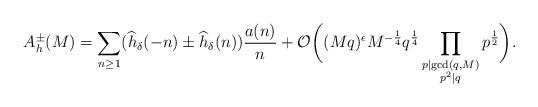
LaTeX: \begin{align*}A_h^\pm (M) = \sum_{n\geq 1} (\widehat{h}_{\delta}(-n)\pm \widehat{h}_{\delta}(n)) \frac{a(n)}{n} + \mathcal{O}\bigg((Mq)^{\epsilon} M^{-\frac{1}{4}} q^{\frac{1}{4}} \prod_{\substack{p\mid \gcd(q, M) \\ p^2\mid q}} p^{\frac{1}{2}} \bigg). \end{align*}